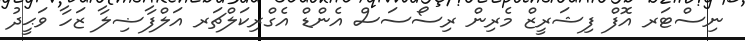
ނިސްޓަރ އޮފް ފިޝަރީޒް މެރިން ރިސޯސަސް އެންޑް އެގްރިކަލްޗަރ އަލްފާޟިލާ ޒަހާ ވަޙީދު